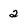
Character: 2